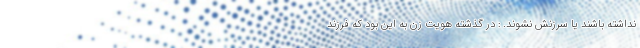
نداشته باشند یا سرزنش نشوند. : در گذشته هویت زن به این بود که فرزند